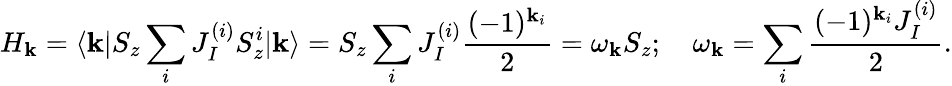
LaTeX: H_{\mathbf{k}}=\langle\mathbf{k}|S_{z}\sum_{i}J_{I}^{(i)}S_{z}^{i}|\mathbf{k}\rangle=S_{z}\sum_{i}J_{I}^{(i)}\frac{{(-1)^{\mathbf{k}_{i}}}}{{2}}=\omega_{\mathbf{k}}S_{z};\quad\omega_{\mathbf{k}}=\sum_{i}\frac{{(-1)^{\mathbf{k}_{i}}J_{I}^{(i)}}}{{2}}.